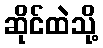
ဆိုင်ထဲသို့